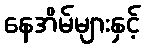
နေအိမ်များနှင့်